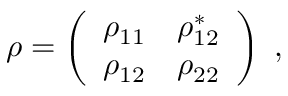
\rho = \left( \begin{array} { c c } { { \rho _ { 1 1 } } } & { { \rho _ { 1 2 } ^ { * } } } \\ { { \rho _ { 1 2 } } } & { { \rho _ { 2 2 } } } \end{array} \right) \ ,